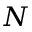
N